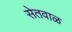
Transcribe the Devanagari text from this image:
सेतवाळ